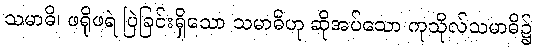
သမာဓိ၊ ဖရိုဖရဲ ပြဲခြင်းရှိသော သမာဓိဟု ဆိုအပ်သော ကုသိုလ်သမာဓိ၌